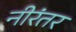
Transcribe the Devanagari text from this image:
नीरंतर